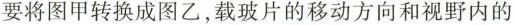
要将图甲转换成图乙，载玻片的移动方向和视野内的